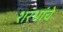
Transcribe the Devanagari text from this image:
शरभांचे